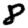
Digit: 8